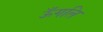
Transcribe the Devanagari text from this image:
ऊँगलि